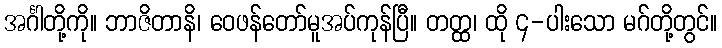
အင်္ဂါတို့ကို။ ဘာဇိတာနိ၊ ဝေဖန်တော်မူအပ်ကုန်ပြီ။ တတ္ထ၊ ထို ၄-ပါးသော မဂ်တို့တွင်။